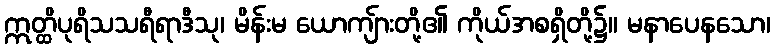
ဣတ္ထိပုရိသသရီရာဒီသု၊ မိန်းမ ယောကျ်ားတို့၏ ကိုယ်အစရှိတို့၌။ မနာပေနသော၊